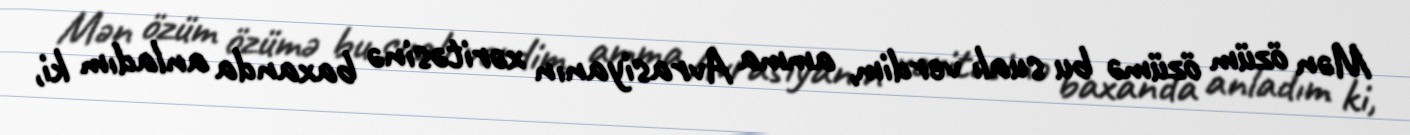
Mən özüm özümə bu sualı verdim, amma Avrasiyanın xəritəsinə baxanda anladım ki,